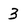
Character: 3